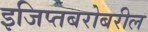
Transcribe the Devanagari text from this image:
इजिप्तबरोबरील